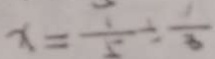
x = \frac { 1 } { 5 } \div \frac { 1 } { 3 }